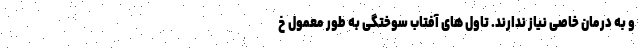
و به درمان خاصی نیاز ندارند. تاول های آفتاب سوختگی به طور معمول خ